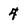
Character: 4